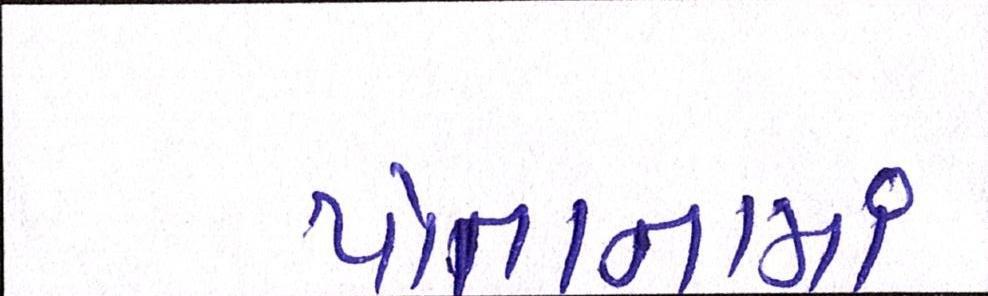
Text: પોતાનામાં